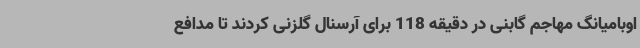
اوبامیانگ مهاجم گابنی در دقیقه 118 برای آرسنال گلزنی کردند تا مدافع